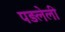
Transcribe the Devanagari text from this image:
पड़लेली